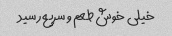
خیلى خوش طعم و سریع رسید